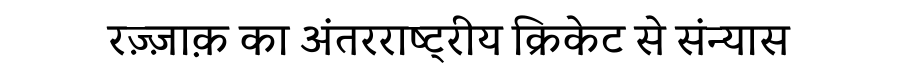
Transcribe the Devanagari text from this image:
रज़्ज़ाक़ का अंतरराष्ट्रीय क्रिकेट से संन्यास